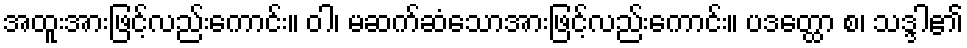
အထူးအားဖြင့်လည်းကောင်း။ ဝါ၊ မဆက်ဆံသောအားဖြင့်လည်းကောင်း။ ပဒတ္ထော စ၊ သဒ္ဒါ၏